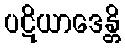
ပဋိယာဒေန္တိ